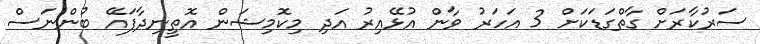
ސަރުކާރަށް ގާތްގަޑަކަށް 3 އަހަރު ވާން އުޅޭއިރު އަދި މިކޮމިޝަން އޮތީނިދާފައޭ ބުންނަސް